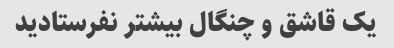
یک قاشق و چنگال بیشتر نفرستادید